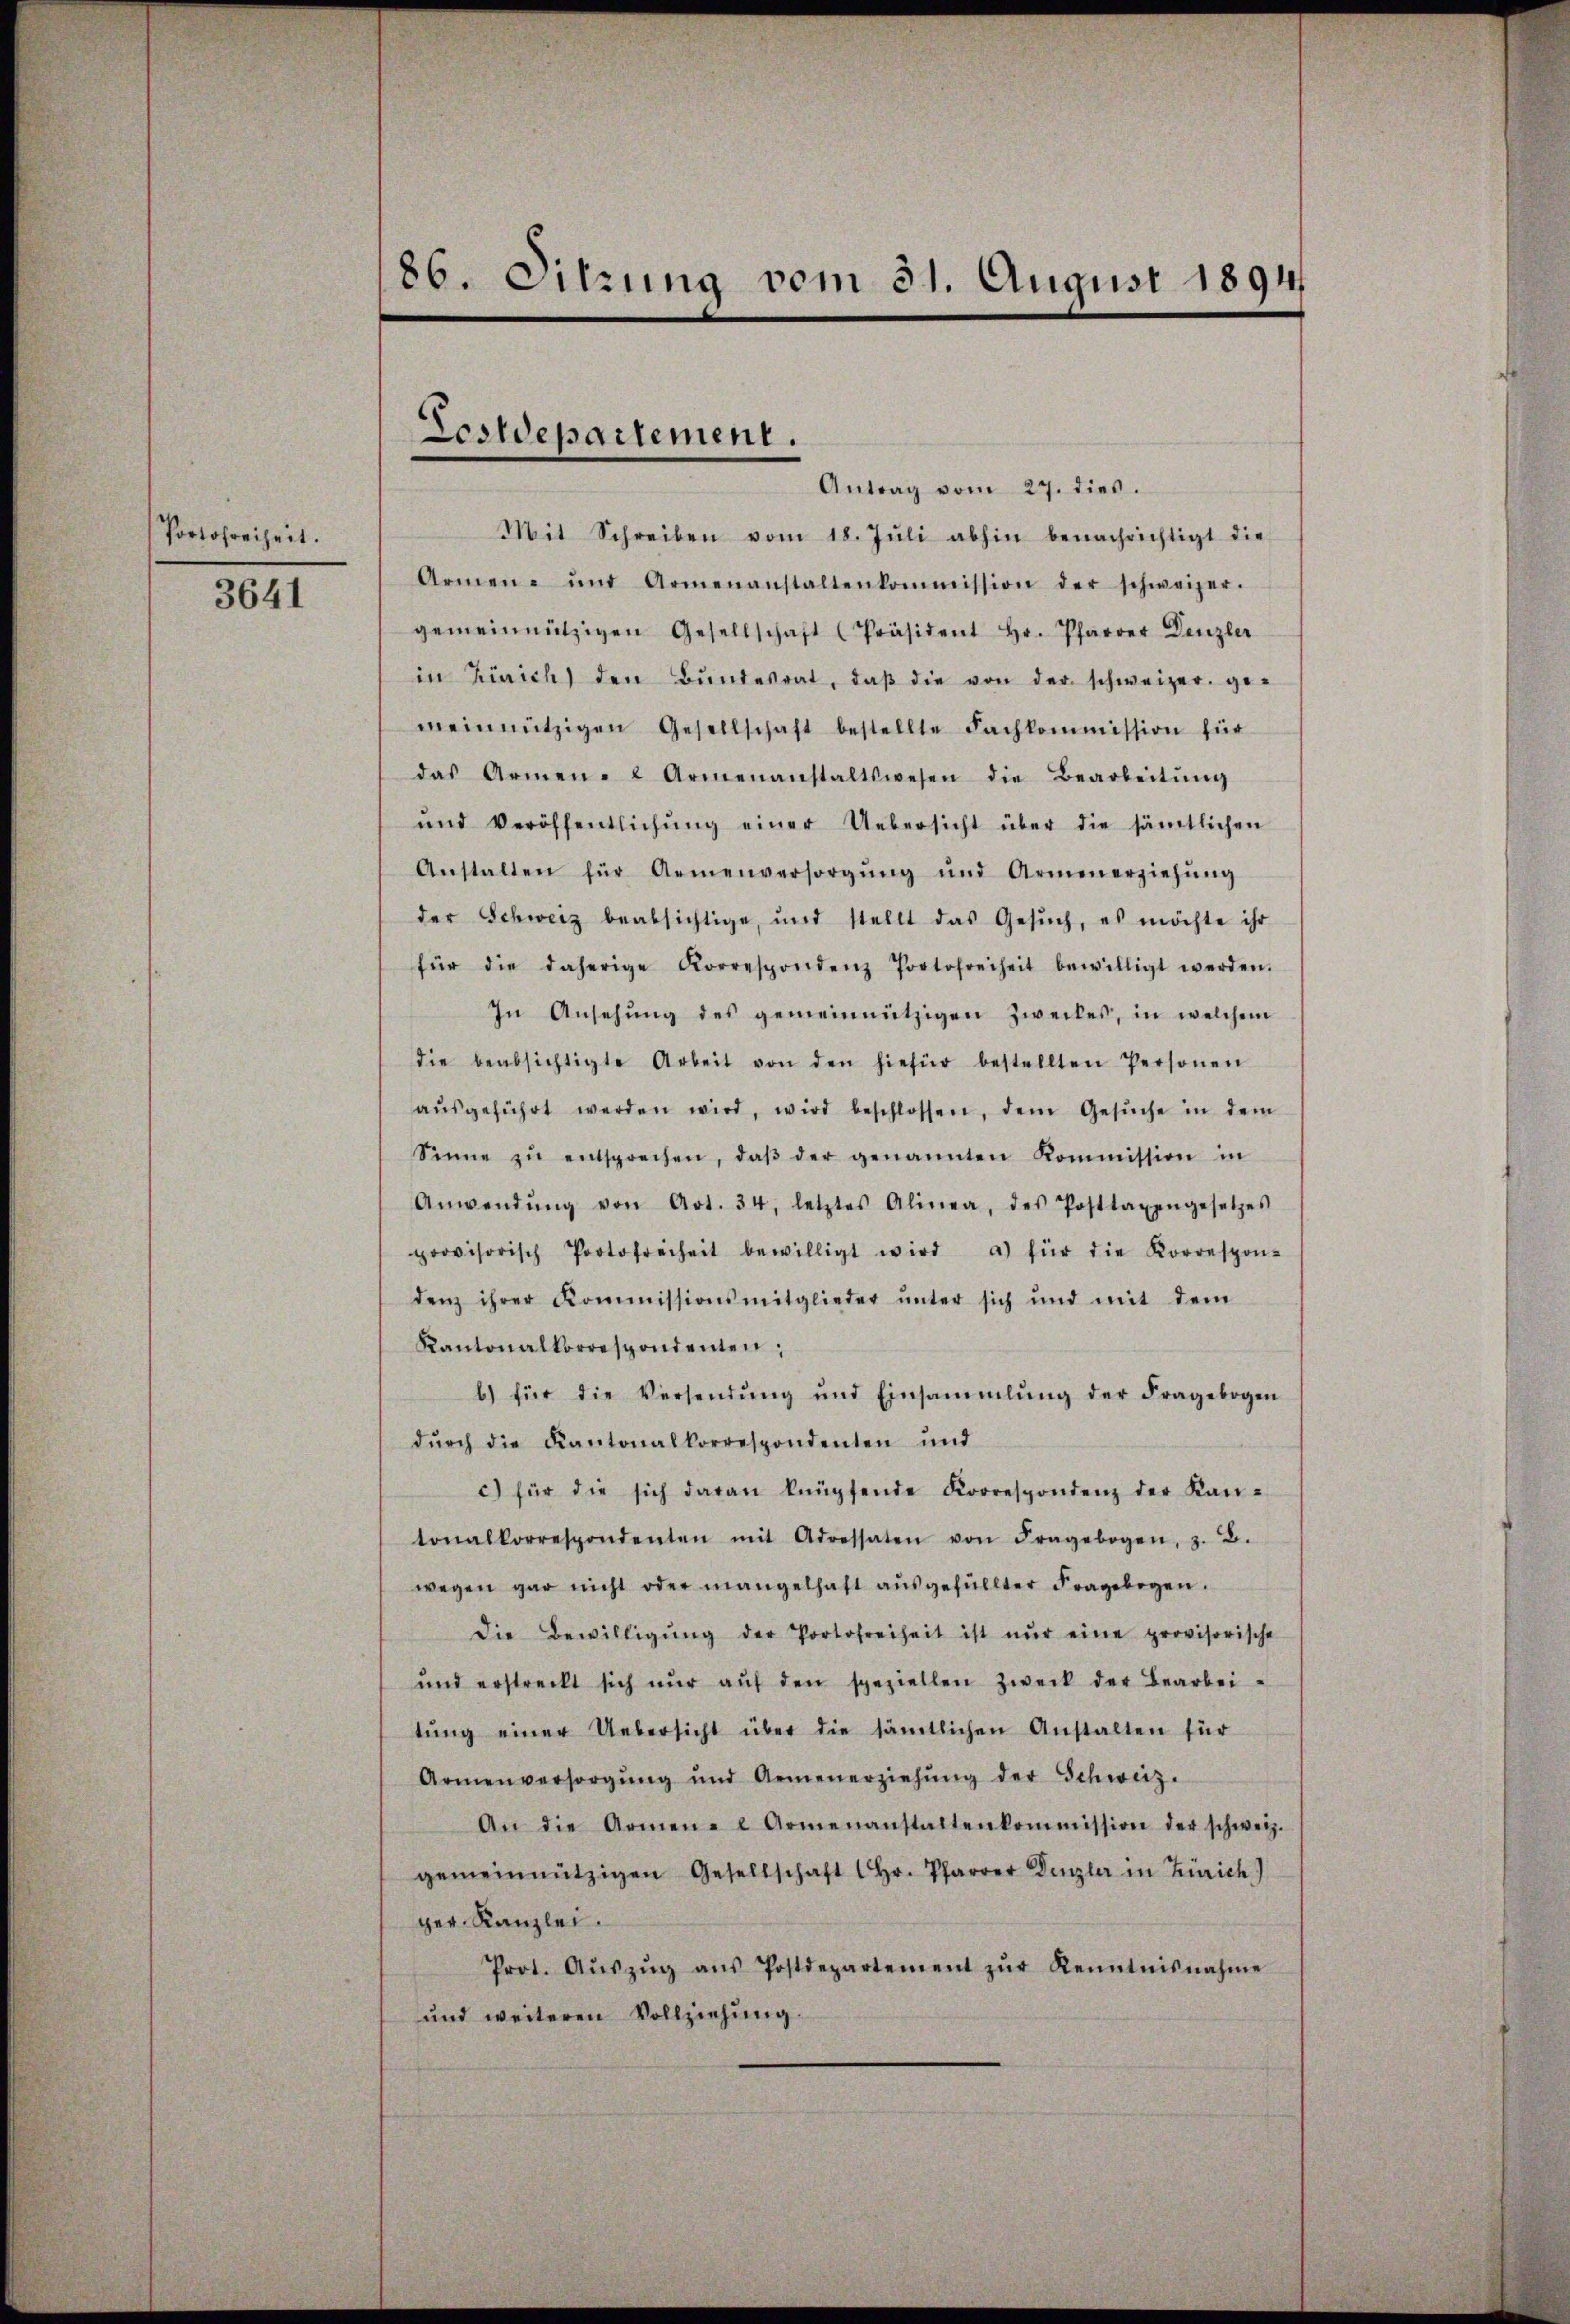
Portofreiheit.

3641

86. Sitzung vom 31. August 1894

Lostdepartement.

Antrag vom 27. dies.
Mit Schreiben vom 18. Jŭli abhin benachrichtigt die
Armen- und Armenanstaltenkommission der schweizer.
gemeinnützigen Gesellschaft Präsident Hr. Pfarrer Denzler
in Zürich den Bŭndesrat, daβ die von der schweizer. ge-
meinnützigen Gesellschaft bestellte Fachkommission für
das Armen- & Armenanstaltswesen die Bearbeitŭng
ŭnd Veröffentlichŭng einer Uebersicht über die sämtlichen
Anstalten für Armenversorgŭng und Armenerziehŭng
der Schweiz beabsichtige, und stellt das Gesŭch, es möchte ihr
für die daherige Korrespondenz Portofreiheit bewilligt werden.
In Ansehung des gemeinnützigen Zweckes, in welchem
die beabsichtigte Arbeit von den hiefür bestellten Personen
aŭsgeführt werden wird, wird beschlossen, dem Gesŭche in dem
Sinne zŭ entsprechen, daβ der genannten Kommission in
Anwendŭng von Art. 34, letztes Alinea, des Posttaxengesetzes
provisorisch Portofreiheit bewilligt wird a) für die Korrespon-
denz ihrer Kommissionsmitglieder ŭnter sich und mit dem
Kantonalkorrespondenten;
b) für die Versendŭng und Einsammlung der Fragebogen
dŭrch die Kantonalkorrespondenten und
c) für die sich daran knüpfende Korrespondenz der Kan-
tonalkorrespondenten mit Adressaten von Fragebogen, z. B.
wegen gar nicht oder mangelhaft aŭsgefüllter Fragebogen.
die Bewilligŭng der Portofreiheit ist nŭr eine provisorische
und erstreckt sich nŭr aŭf den speziellen Zweck der Bearbei-
tŭng einer Uebersicht über die sämtlichen Anstalten für
Armenversorgŭng und Armenerziehŭng der Schweiz.
An die Armen- Armenanstaltenkommission der schweiz.
gemeinnützigen Gesellschaft (hr. Pfarrer Denzler in Zürich)
ger. Kanzlei.
Prot. Aŭszŭg aŭs Postdepartement zŭr Kenntnisnahme
und weiteren Vollziehung.